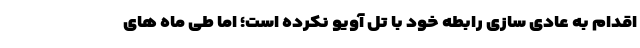
اقدام به عادی سازی رابطه خود با تل آویو نکرده است؛ اما طی ماه های